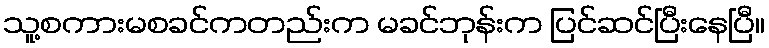
သူ့စကားမစခင်ကတည်းက မခင်ဘုန်းက ပြင်ဆင်ပြီးနေပြီ။